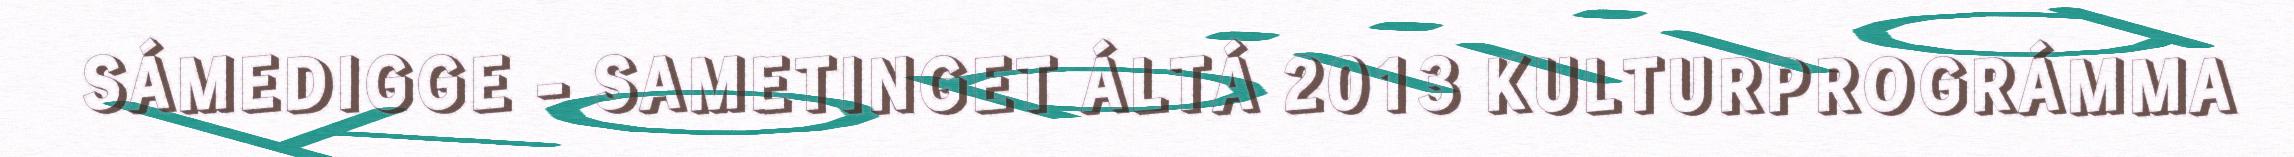
SÁMEDIGGE - SAMETINGET ÁLTÁ 2013 KULTURPROGRÁMMA